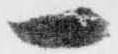
一